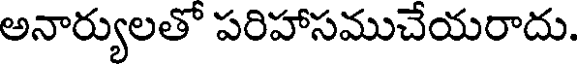
అనార్యులతొ పరిహాసముచేయరాదు.